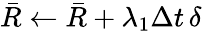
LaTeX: \bar{R}\gets\bar{R}+\lambda_{1}\Delta t\, \delta